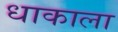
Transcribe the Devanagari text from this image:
धाकाला